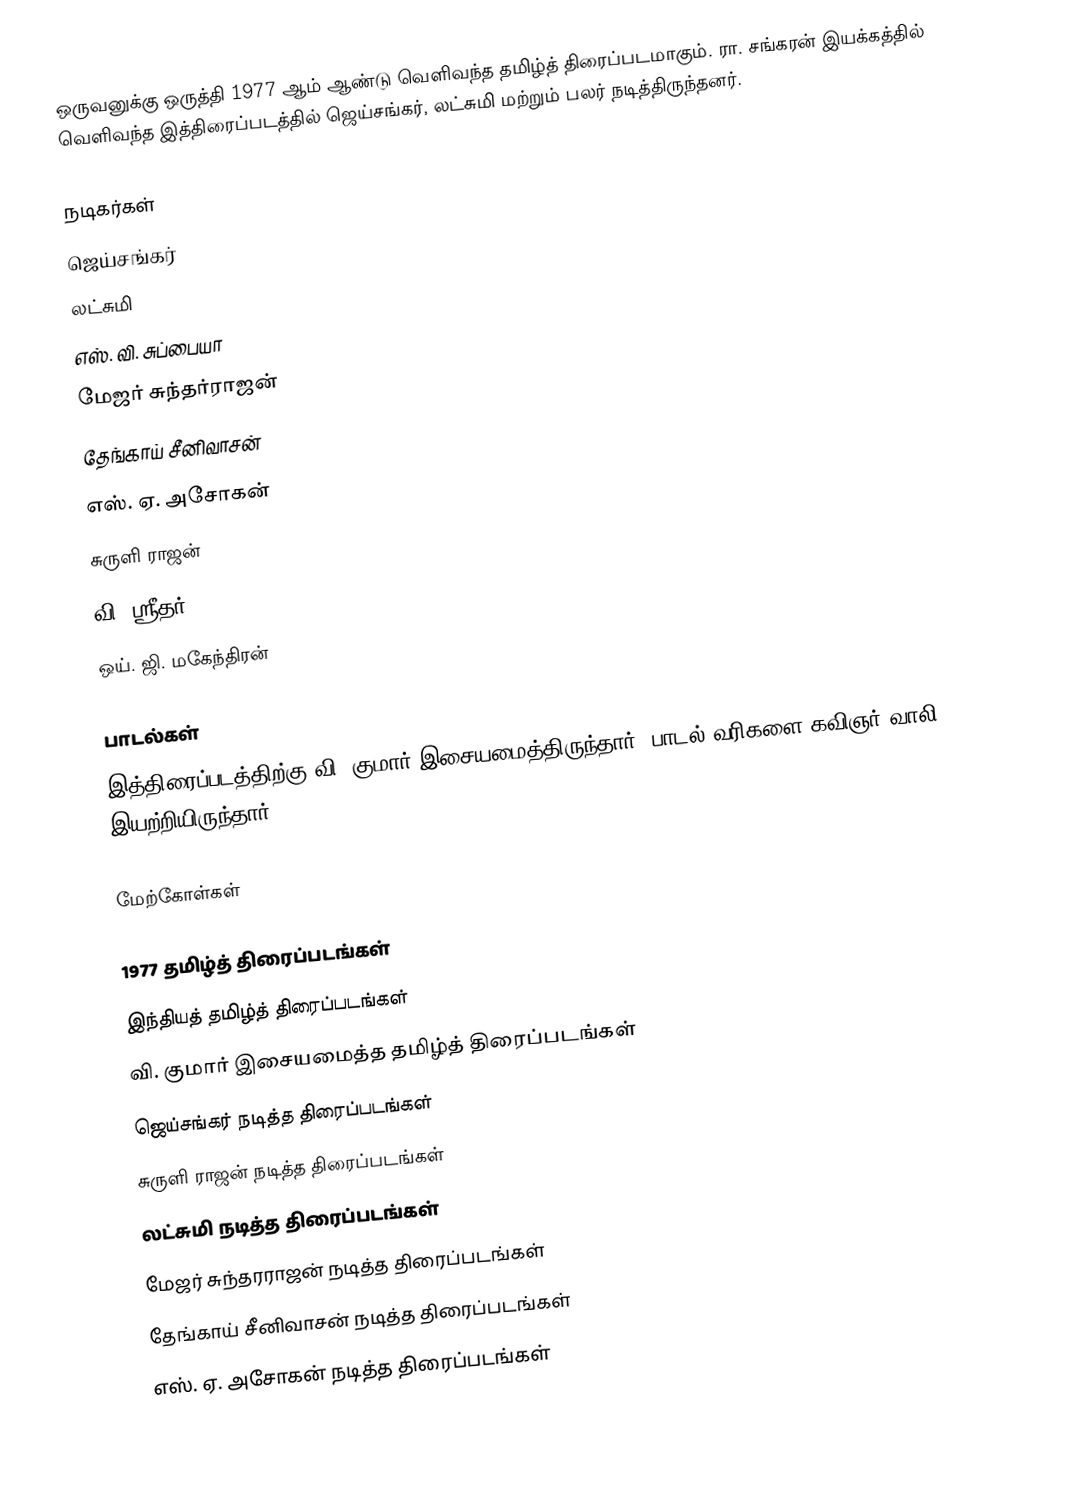
ஒருவனுக்கு ஒருத்தி 1977 ஆம் ஆண்டு வெளிவந்த தமிழ்த் திரைப்படமாகும். ரா. சங்கரன் இயக்கத்தில் வெளிவந்த இத்திரைப்படத்தில் ஜெய்சங்கர், லட்சுமி மற்றும் பலர் நடித்திருந்தனர்.

நடிகர்கள்
 ஜெய்சங்கர்
 லட்சுமி
 எஸ். வி. சுப்பையா
 மேஜர் சுந்தர்ராஜன்
 தேங்காய் சீனிவாசன்
 எஸ். ஏ. அசோகன்
 சுருளி ராஜன்
 வி. ஸ்ரீதர்
 ஒய். ஜி. மகேந்திரன்

பாடல்கள்
இத்திரைப்படத்திற்கு வி. குமார் இசையமைத்திருந்தார். பாடல் வரிகளை கவிஞர் வாலி இயற்றியிருந்தார்.

மேற்கோள்கள்

1977 தமிழ்த் திரைப்படங்கள்
இந்தியத் தமிழ்த் திரைப்படங்கள்
வி. குமார் இசையமைத்த தமிழ்த் திரைப்படங்கள்
ஜெய்சங்கர் நடித்த திரைப்படங்கள்
சுருளி ராஜன் நடித்த திரைப்படங்கள்
லட்சுமி நடித்த திரைப்படங்கள்
மேஜர் சுந்தரராஜன் நடித்த திரைப்படங்கள்
தேங்காய் சீனிவாசன் நடித்த திரைப்படங்கள்
எஸ். ஏ. அசோகன் நடித்த திரைப்படங்கள்